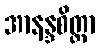
အာနန္ဒစိတ္တာ